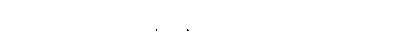
အာဒိ၊ တည်း။ ဣဒံ၊ ကား။ မဇ္ဈံတည်း။ ဣတိ၊ သို့။ ပမာဏံ၊ ကို။